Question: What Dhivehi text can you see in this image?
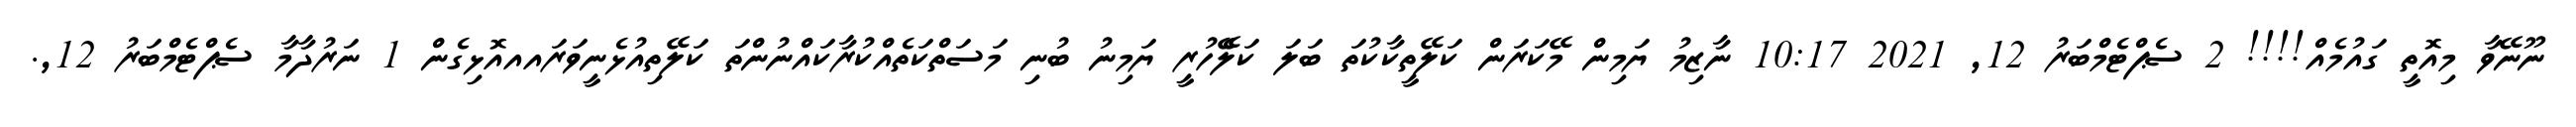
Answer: ނޫނޭވާ މިއޮތީ ގައުމެއް!!!! 2 ސެޕްޓެމްބަރު 12, 2021 10:17 ނާޒިމު ޔަމިން މޭކަރަން ކަލޭތީކާކުތަ ބަލަ ކަލެޭހުރީ ޔަމިނު ބުނި މަސަތްކަތެއްކުރާކައްނުންތަ ކަލޭތިއުޅެނީވަރައއއޮޅިގެން 1 ނަރުދާމާ ސެޕްޓެމްބަރު 12,.